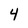
Character: 4